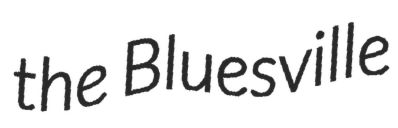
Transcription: the Bluesville